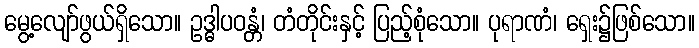
မွေ့လျော်ဖွယ်ရှိသော။ ဥဒ္ဓါပဝန္တံ၊ တံတိုင်းနှင့် ပြည့်စုံသော။ ပုရာဏံ၊ ရှေး၌ဖြစ်သော။